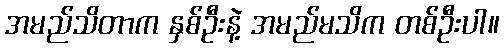
အမည်သိတာက နှစ်ဦးနဲ့ အမည်မသိက တစ်ဦးပါ။